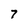
Character: 7